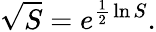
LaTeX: {\sqrt{S}}=e^{{\frac{1}{2}}\ln S}.